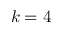
k = 4